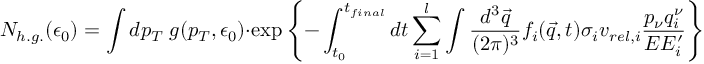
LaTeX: { \cal N } _ { h . g . } ( \epsilon _ { 0 } ) = \int d p _ { T } \; g ( p _ { T } , \epsilon _ { 0 } ) \cdot \exp \left\{ - \int _ { t _ { 0 } } ^ { t _ { f i n a l } } d t \sum _ { i = 1 } ^ { l } \int { \frac { d ^ { 3 } \vec { q } } { ( 2 \pi ) ^ { 3 } } } f _ { i } ( \vec { q } , t ) \sigma _ { i } v _ { r e l , i } { \frac { p _ { \nu } q _ { i } ^ { \nu } } { E E _ { i } ^ { \prime } } } \right\} \ ,